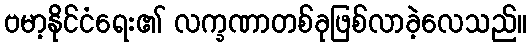
ဗမာ့နိုင်ငံရေး၏ လက္ခဏာတစ်ခုဖြစ်လာခဲ့လေသည်။